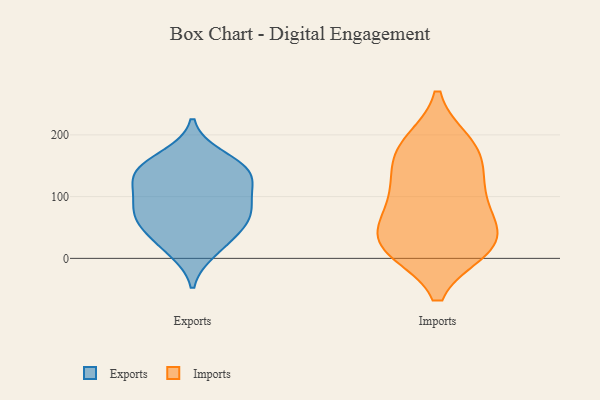
{"axis": {"x": "Energy Usage (MWh)", "y": "Value"}, "legend": ["Exports", "Imports"], "data": [{"x": "", "y": 12, "type": "Exports"}, {"x": "", "y": 133, "type": "Exports"}, {"x": "", "y": 104, "type": "Exports"}, {"x": "", "y": 68, "type": "Exports"}, {"x": "", "y": 86, "type": "Exports"}, {"x": "", "y": 134, "type": "Exports"}, {"x": "", "y": 133, "type": "Exports"}, {"x": "", "y": 154, "type": "Exports"}, {"x": "", "y": 22, "type": "Exports"}, {"x": "", "y": 139, "type": "Exports"}, {"x": "", "y": 70, "type": "Exports"}, {"x": "", "y": 53, "type": "Exports"}, {"x": "", "y": 166, "type": "Exports"}, {"x": "", "y": 88, "type": "Exports"}, {"x": "", "y": 48, "type": "Exports"}, {"x": "", "y": 63, "type": "Imports"}, {"x": "", "y": 30, "type": "Imports"}, {"x": "", "y": 77, "type": "Imports"}, {"x": "", "y": 186, "type": "Imports"}, {"x": "", "y": 145, "type": "Imports"}, {"x": "", "y": 116, "type": "Imports"}, {"x": "", "y": 179, "type": "Imports"}, {"x": "", "y": 105, "type": "Imports"}, {"x": "", "y": 19, "type": "Imports"}, {"x": "", "y": 27, "type": "Imports"}, {"x": "", "y": 175, "type": "Imports"}, {"x": "", "y": 16, "type": "Imports"}, {"x": "", "y": 16, "type": "Imports"}]}